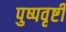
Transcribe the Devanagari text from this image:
पुष्पवृष्टी